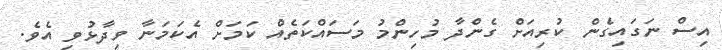
އިސް ނަގައިގެން ކުރިއަށް ގެންދާ މުހިންމު މަސައްކަތެއް ކަމަށް އެކަމަނާ ވިދާޅުވި އެވެ.